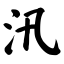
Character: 汛